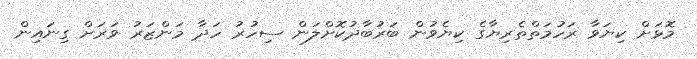
މޮޅަށް ކިޔަވާ ރަހުމަތްތެރިޔާގެ ކިޔެވުން ބަރުބާދުކޮށްލަން ސިހުރު ހަދާ މަންޒަރު ވަރަށް ގިނައިން